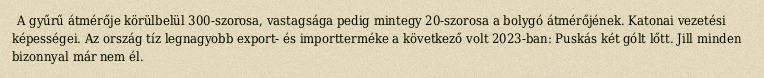
A gyűrű átmérője körülbelül 300-szorosa, vastagsága pedig mintegy 20-szorosa a bolygó átmérőjének. Katonai vezetési képességei. Az ország tíz legnagyobb export- és importterméke a következő volt 2023-ban: Puskás két gólt lőtt. Jill minden bizonnyal már nem él.